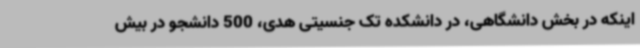
اینکه در بخش دانشگاهی، در دانشکده تک جنسیتی هدی، 500 دانشجو در بیش